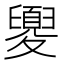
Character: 夓